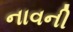
નાવની